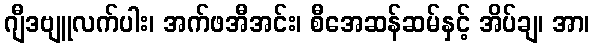
ဂျီဒဗျူလက်ပါး၊ အက်ဖအီအင်း၊ စီအေဆန်ဆမ်နှင့် အိပ်ချ၊ အာ၊